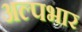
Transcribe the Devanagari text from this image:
अल्पभार